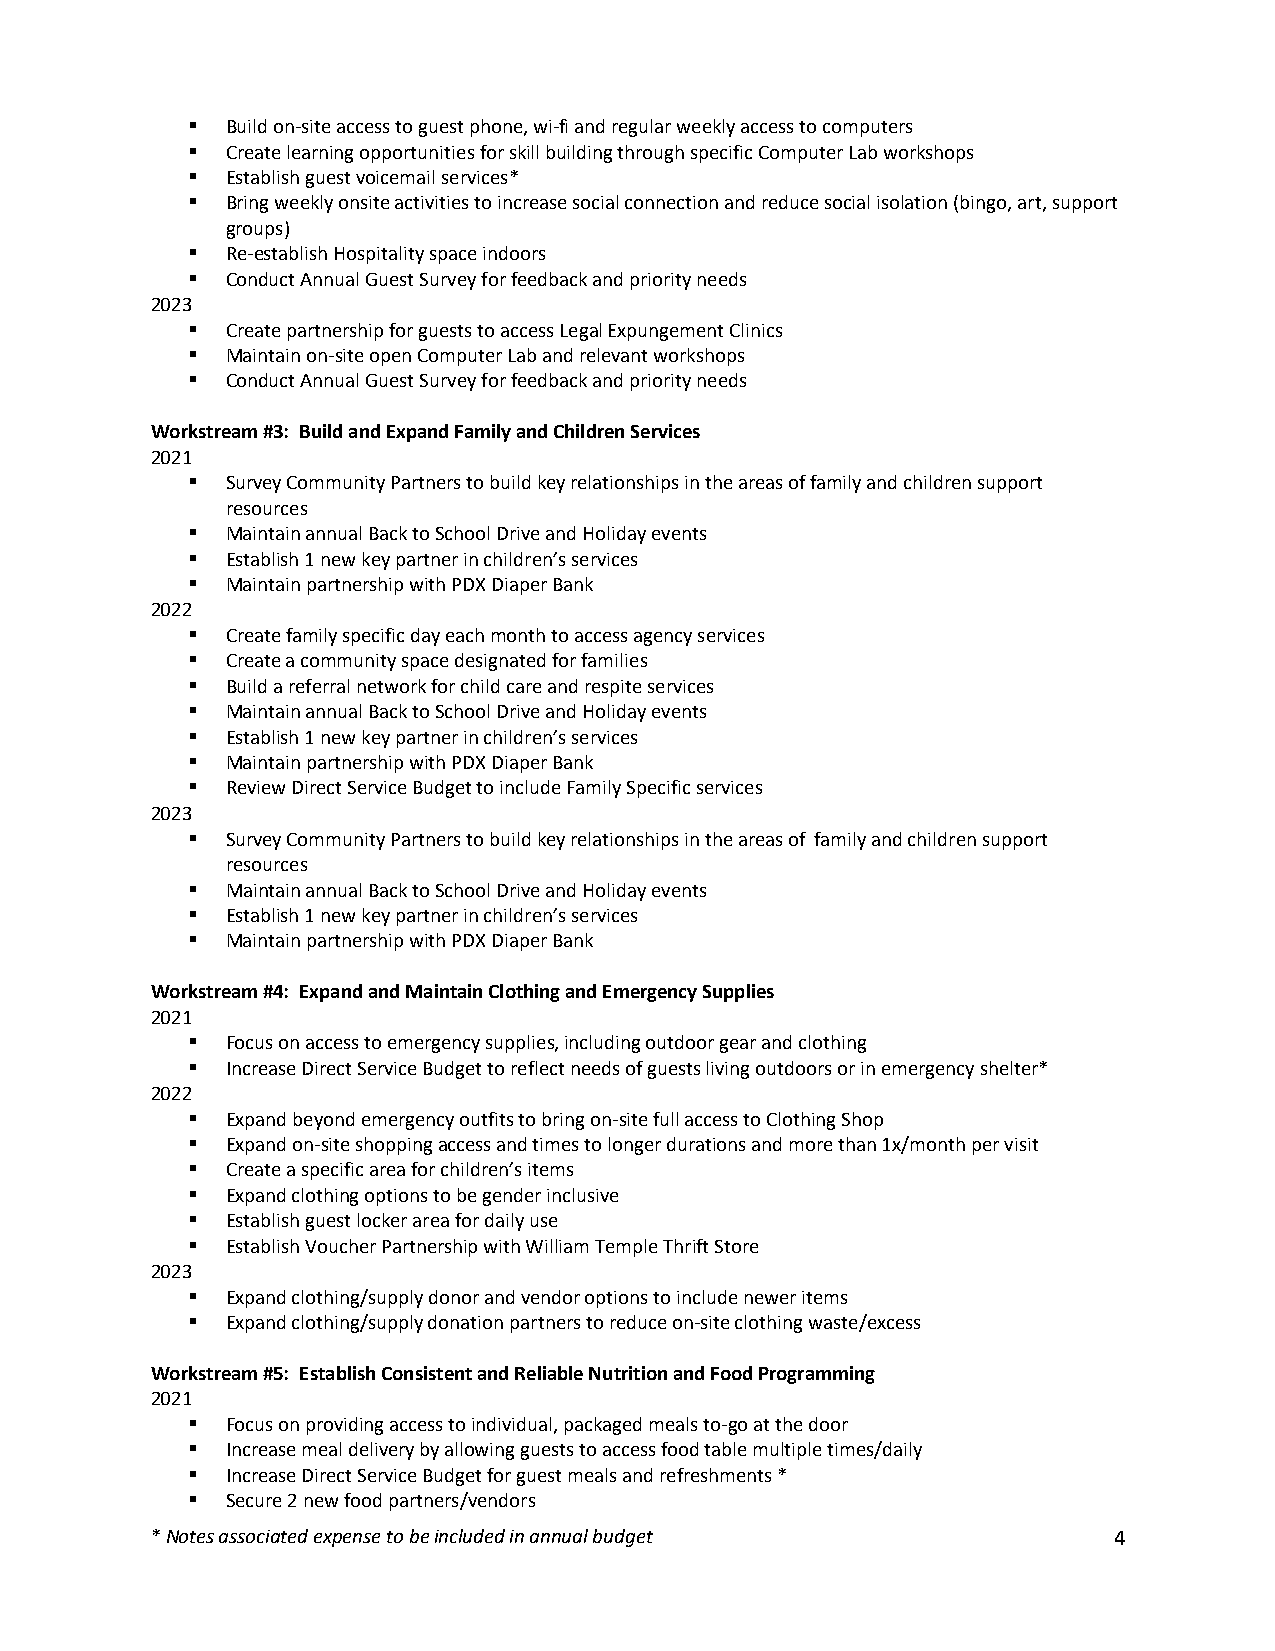
§  Build on-site access to guest phone, wi-fi and regular weekly access to computers
 §  Create learning opportunities for skill building through specific Computer Lab workshops
 §  Establish guest voicemail services*
 §  Bring weekly onsite activities to increase social connection and reduce social isolation (bingo, art, support
 groups)
 §  Re-establish Hospitality space indoors
 §  Conduct Annual Guest Survey for feedback and priority needs
 2023
 §  Create partnership for guests to access Legal Expungement Clinics
 §  Maintain on-site open Computer Lab and relevant workshops
 §  Conduct Annual Guest Survey for feedback and priority needs
 Workstream #3: Build and Expand Family and Children Services
 2021
 §  Survey Community Partners to build key relationships in the areas of family and children support
 resources
 §  Maintain annual Back to School Drive and Holiday events
 §  Establish 1 new key partner in children’s services
 §  Maintain partnership with PDX Diaper Bank
 2022
 §  Create family specific day each month to access agency services
 §  Create a community space designated for families
 §  Build a referral network for child care and respite services
 §  Maintain annual Back to School Drive and Holiday events
 §  Establish 1 new key partner in children’s services
 §  Maintain partnership with PDX Diaper Bank
 §  Review Direct Service Budget to include Family Specific services
 2023
 §  Survey Community Partners to build key relationships in the areas of family and children support
 resources
 §  Maintain annual Back to School Drive and Holiday events
 §  Establish 1 new key partner in children’s services
 §  Maintain partnership with PDX Diaper Bank
 Workstream #4: Expand and Maintain Clothing and Emergency Supplies
 2021
 §  Focus on access to emergency supplies, including outdoor gear and clothing
 §  Increase Direct Service Budget to reflect needs of guests living outdoors or in emergency shelter*
 2022
 §  Expand beyond emergency outfits to bring on-site full access to Clothing Shop
 §  Expand on-site shopping access and times to longer durations and more than 1x/month per visit
 §  Create a specific area for children’s items
 §  Expand clothing options to be gender inclusive
 §  Establish guest locker area for daily use
 §  Establish Voucher Partnership with William Temple Thrift Store
 2023
 §  Expand clothing/supply donor and vendor options to include newer items
 §  Expand clothing/supply donation partners to reduce on-site clothing waste/excess
 Workstream #5: Establish Consistent and Reliable Nutrition and Food Programming
 2021
 §  Focus on providing access to individual, packaged meals to-go at the door
 §  Increase meal delivery by allowing guests to access food table multiple times/daily
 §  Increase Direct Service Budget for guest meals and refreshments *
 §  Secure 2 new food partners/vendors
 * Notes associated expense to be included in annual budget      4